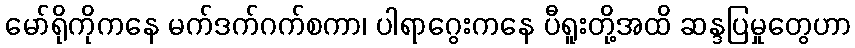
မော်ရိုကိုကနေ မက်ဒက်ဂက်စကာ၊ ပါရာဂွေးကနေ ပီရူးတို့အထိ ဆန္ဒပြမှုတွေဟာ